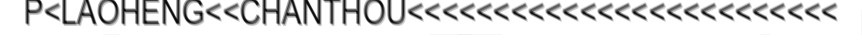
P<LAOHENG<<CHANTHOU<<<<<<<<<<<<<<<<<<<<<<<<<